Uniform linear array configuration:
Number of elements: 24
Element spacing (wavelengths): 0.5
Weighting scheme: hann
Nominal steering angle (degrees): -45
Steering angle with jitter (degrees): -43.361
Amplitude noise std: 0.05
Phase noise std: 0.05

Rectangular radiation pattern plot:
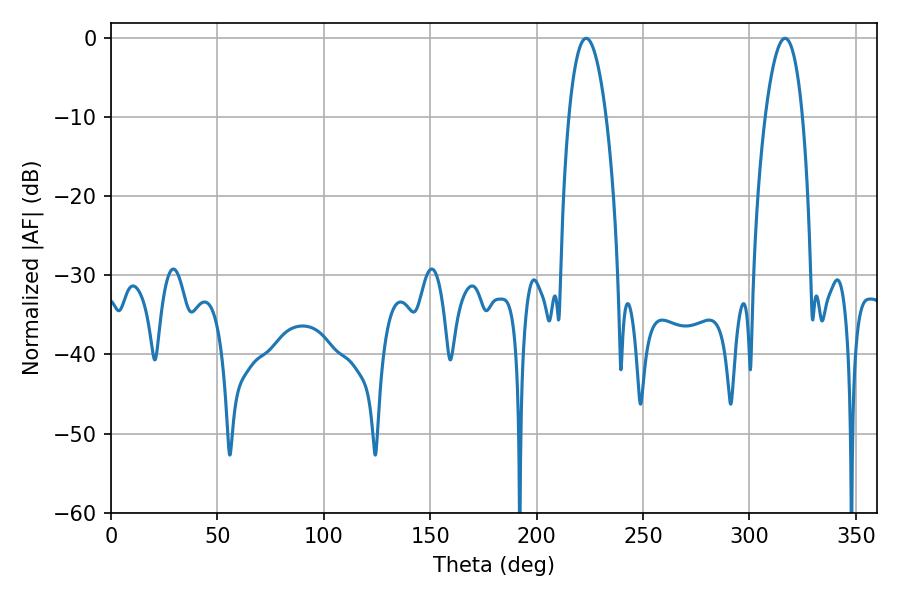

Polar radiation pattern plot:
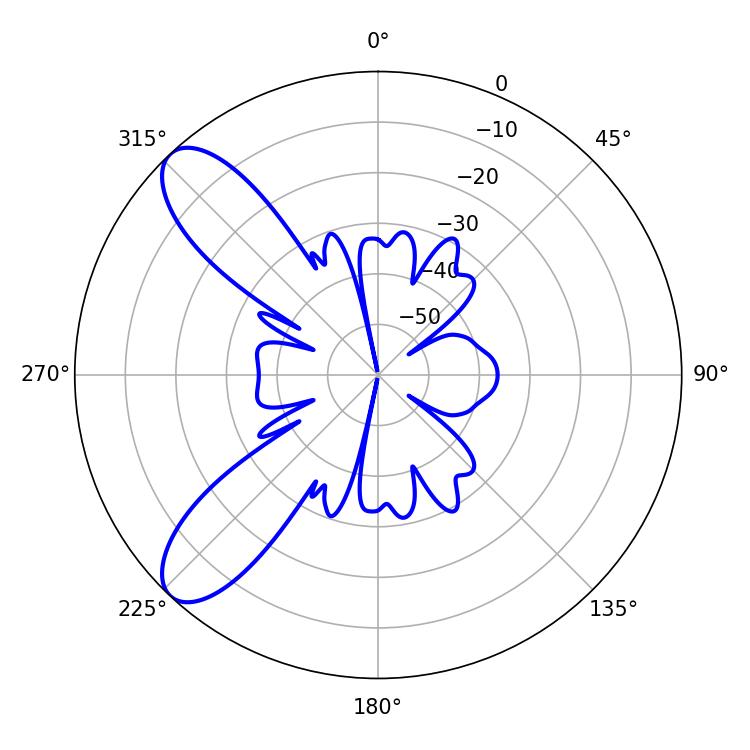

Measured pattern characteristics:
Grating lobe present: FALSE
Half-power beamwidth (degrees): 9.9
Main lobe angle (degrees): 223.2